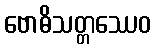
ဗောဓိသတ္တဿေဝ